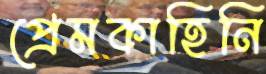
প্রেমকাহিনি